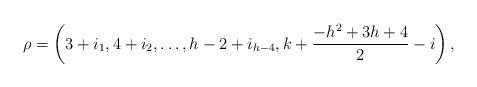
LaTeX: \begin{align*}\rho=\left(3+i_{1},4+i_{2},\dots,h-2+i_{h-4},k+\frac{-h^2+3h+4}{2}-i\right),\end{align*}